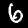
Label: 6